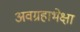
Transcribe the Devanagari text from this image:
अवग्रहाभेक्षा